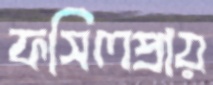
ফসিলপ্রায়